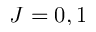
J = 0 , 1